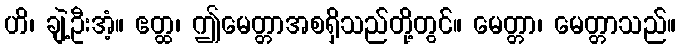
ဟိ၊ ချဲ့ဦးအံ့။ ဧတ္ထ၊ ဤမေတ္တာအစရှိသည်တို့တွင်။ မေတ္တာ၊ မေတ္တာသည်။